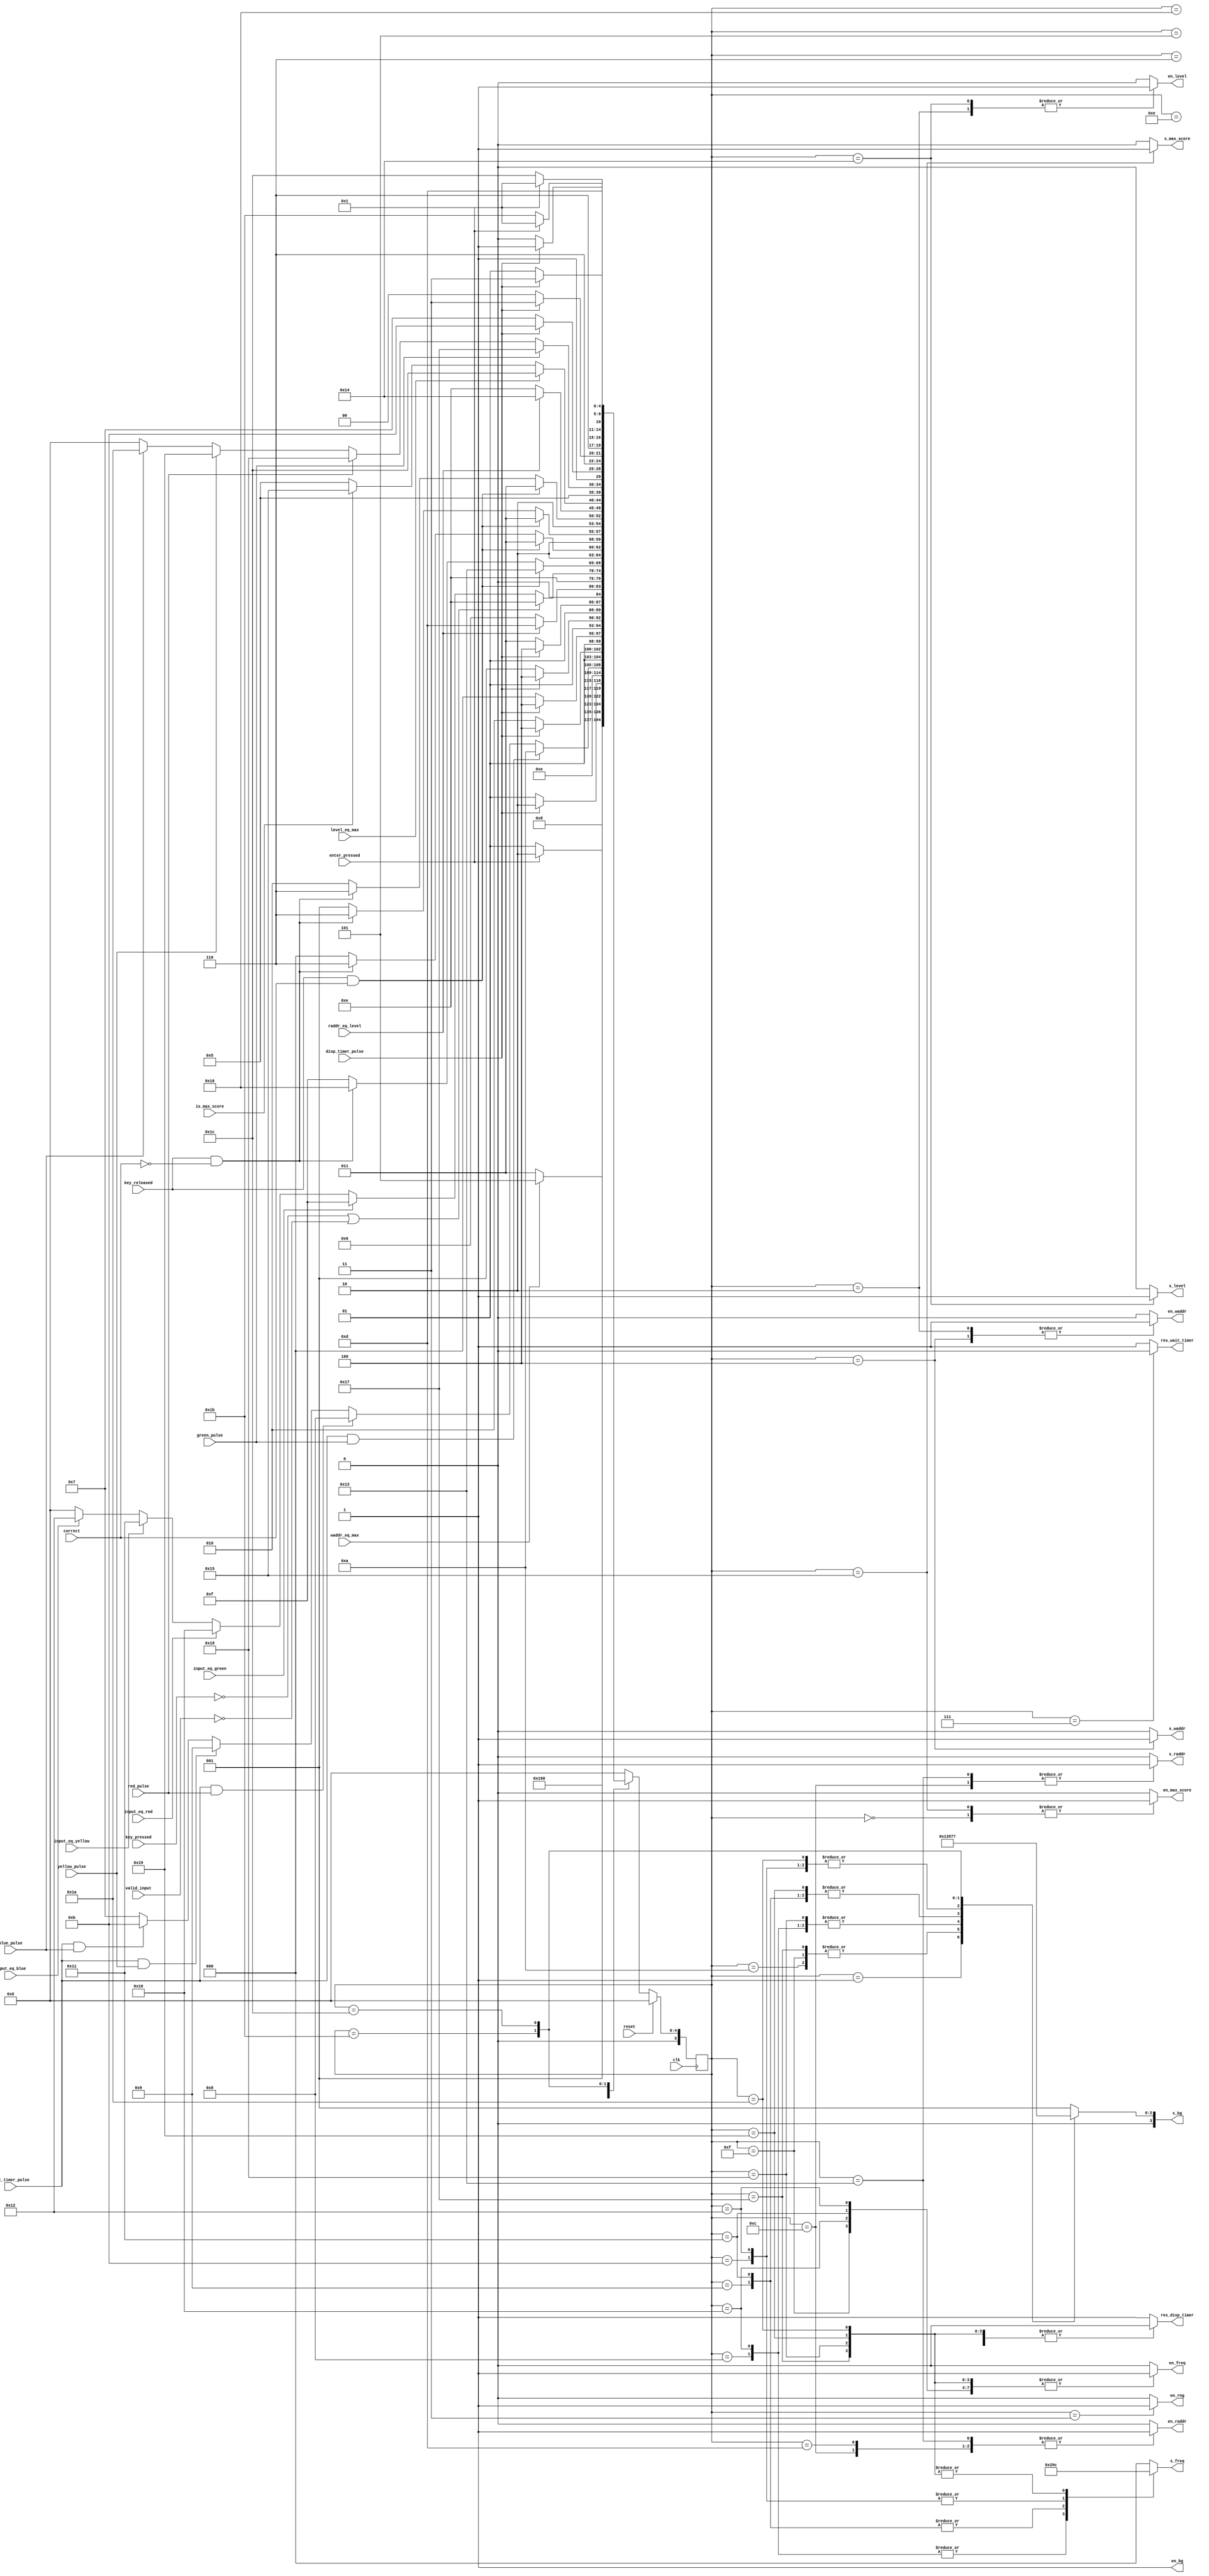
module controller (
	input clk,
	input reset,

	// from datapath
	input enter_pressed,
	input key_pressed,
	input key_released,
	input valid_input,
	
	input red_pulse,
	input green_pulse,
	input yellow_pulse,
	input blue_pulse,
	
	input input_eq_green,
	input input_eq_red,
	input input_eq_yellow,
	input input_eq_blue,
	
	input raddr_eq_level,
	input waddr_eq_max,
	input level_eq_max,
	
	input wait_timer_pulse,
	input disp_timer_pulse,
	
	input correct,
	
	input is_max_score,

	
	// to datapath
	output reg s_raddr,
	output reg en_raddr,
	output reg s_waddr,
	output reg en_waddr,
	output reg s_level,
	output reg en_level,
	output reg s_max_score,
	output reg en_max_score,
	output reg [3:0] s_bg, 
	output reg en_bg,
	output reg en_rng,
	output reg en_freq,
	output reg [2:0] s_freq,
	output reg res_wait_timer,
	output reg res_disp_timer
	);
	
	parameter INIT_SYSTEM		= 6'd0;
	parameter WAIT_SCREEN 		= 6'd1;
	parameter INIT_SEQ_GEN		= 6'd2;
	parameter GET_RAND_NUM 		= 6'd3;
	parameter INCR_WADDR			= 6'd4;
	parameter INIT_DISP			= 6'd5;
	parameter READ_MEM			= 6'd6;
	parameter WAIT_FOR_PULSE	= 6'd7;
	parameter RED_FLASH			= 6'd8;
	parameter YELLOW_FLASH		= 6'd9;
	parameter GREEN_FLASH		= 6'd10;
	parameter BLUE_FLASH			= 6'd11;
	parameter INCR_RADDR_1		= 6'd12;
	parameter RES_RADDR			= 6'd13;
	parameter WAIT_FOR_INPUT	= 6'd14;
	parameter USER_GREEN_FLASH = 6'd15;
	parameter USER_RED_FLASH	= 6'd16;
	parameter USER_YELLOW_FLASH = 6'd17;
	parameter USER_BLUE_FLASH	= 6'd18;
	parameter INCR_RADDR_2		= 6'd19;
	parameter INCR_LEVEL			= 6'd20;
	parameter SET_MAX_SCORE		= 6'd21;
	parameter FAIL_REVEAL		= 6'd22;
	parameter FAIL_GREEN			= 6'd23;
	parameter FAIL_RED 			= 6'd24;
	parameter FAIL_YELLOW		= 6'd25;
	parameter FAIL_BLUE			= 6'd26;
	parameter FAIL_SCREEN		= 6'd27;
	parameter WIN_SCREEN			= 6'd28;


	reg [5:0] state, next_state;
	
	always @(posedge clk) begin
		if (reset)
			state <= INIT_SYSTEM;
		else
			state <= next_state;
	end
	
	
	always @(*) begin
		// initialize FSM outputs to default values
		en_waddr = 0;
		s_waddr	 = 0;
				
		en_raddr = 0;
		s_raddr	 = 0;

		en_level = 0;
		s_level  = 0;
		
		en_max_score = 0;
		s_max_score = 0;
		
		en_bg = 1;
		s_bg  = 4'd1;

		en_rng = 0;

		en_freq = 0;
		s_freq = 3'd0;
		
		res_wait_timer = 1;
		res_disp_timer = 1;
		
		
		next_state = INIT_SYSTEM;
		
		case (state)
			
			INIT_SYSTEM: begin			
				// init max score
				en_max_score = 1;
				s_max_score = 0;
				
				next_state = WAIT_SCREEN;
			end
			
			WAIT_SCREEN: begin
				// bg <= 0
				en_bg = 1;
				s_bg  = 4'd0;
				
				if (enter_pressed)
					next_state = INIT_SEQ_GEN;
				else
					next_state = WAIT_SCREEN;
			end
			
			INIT_SEQ_GEN: begin
				// level <= 0
				en_level = 1;
				s_level  = 0;
				
				// waddr <= 0
				en_waddr = 1;
				s_waddr  = 0;
				
				next_state = GET_RAND_NUM;
			end	
			
			GET_RAND_NUM:	begin
				// store rng in memory
				en_rng = 1;
				next_state = INCR_WADDR;
			end
			
			INCR_WADDR: begin
				// waddr <= waddr + 1
				en_waddr= 1;
				s_waddr = 1;
				
				if (waddr_eq_max)
					next_state = INIT_DISP;
				else
					next_state = GET_RAND_NUM;
			end
			
			INIT_DISP: begin
				// raddr <= 0
				en_raddr = 1;
				s_raddr	= 0;
				
				res_disp_timer = 0;
				
				if (disp_timer_pulse)
					next_state = READ_MEM;
				else
					next_state = INIT_DISP;
			end

			READ_MEM: begin
				// synchronous memory
				next_state = WAIT_FOR_PULSE;
			end

			WAIT_FOR_PULSE: begin
				// enable wait timer
				res_wait_timer = 0;
				
				if (wait_timer_pulse && green_pulse)
					next_state = GREEN_FLASH;
				else if (wait_timer_pulse && red_pulse)
					next_state = RED_FLASH;
				else if (wait_timer_pulse && yellow_pulse)
					next_state = YELLOW_FLASH;
				else if (wait_timer_pulse && blue_pulse)
					next_state = BLUE_FLASH;
				else
					next_state = WAIT_FOR_PULSE;
			end

			
			GREEN_FLASH: begin
				// enable disp timer
				res_disp_timer = 0;
				
				en_freq = 1;
				s_freq = 3'd0;
				
				en_bg = 1;
				s_bg  = 4'd2;

				if (disp_timer_pulse)
					next_state = INCR_RADDR_1;
				else
					next_state = GREEN_FLASH;
			end
			
			RED_FLASH: begin
				// enable disp timer
				
				res_disp_timer = 0;
				
				en_freq = 1;
				s_freq = 3'd1;
				
				en_bg = 1;
				s_bg  = 4'd3;

				if (disp_timer_pulse)
					next_state = INCR_RADDR_1;
				else
					next_state = RED_FLASH;
			end

			YELLOW_FLASH: begin
				// enable disp timer
				res_disp_timer = 0;
				
				en_freq = 1;
				s_freq = 3'd2;
				
				en_bg = 1;
				s_bg  = 4'd4;

				if (disp_timer_pulse)
					next_state = INCR_RADDR_1;
				else
					next_state = YELLOW_FLASH;
			end


			BLUE_FLASH: begin
				// enable disp timer
				res_disp_timer = 0;
				
				en_freq = 1;
				s_freq = 3'd3;
				
				en_bg = 1;
				s_bg  = 4'd5;

				if (disp_timer_pulse)
					next_state = INCR_RADDR_1;
				else
					next_state = BLUE_FLASH;
			end

			INCR_RADDR_1: begin
				// raddr <= raddr + 1
				en_raddr = 1;
				s_raddr  = 1;

				if (raddr_eq_level)
					next_state = RES_RADDR;
				else
					next_state = READ_MEM;
			end
			
			RES_RADDR: begin	
				// raddr <= 0
				en_raddr = 1;
				s_raddr	= 0;
				
				next_state = WAIT_FOR_INPUT;
			end
			
			WAIT_FOR_INPUT: begin
				// redirect input to corresponding state
				
				if (~key_pressed | ~valid_input)
					next_state = WAIT_FOR_INPUT;
				else if (input_eq_green)
					next_state = USER_GREEN_FLASH;
				else if (input_eq_red)
					next_state = USER_RED_FLASH;
				else if (input_eq_yellow)
					next_state = USER_YELLOW_FLASH;
				else if (input_eq_blue)
					next_state = USER_BLUE_FLASH;
			end
			
			USER_GREEN_FLASH: begin
				en_bg = 1;
				s_bg  = 4'd2;
				
				en_freq = 1;
				s_freq = 3'd0;
				
				if (key_released && correct)
					next_state = INCR_RADDR_2;
				else if (key_released && ~correct)
					next_state = FAIL_REVEAL;
				else
					next_state = USER_GREEN_FLASH;
			end
			
			USER_RED_FLASH: begin
				en_bg = 1;
				s_bg  = 4'd3;
				
				en_freq = 1;
				s_freq = 3'd1;
				
				if (key_released && correct)
					next_state = INCR_RADDR_2;
				else if (key_released && ~correct)
					next_state = FAIL_REVEAL;
				else
					next_state = USER_RED_FLASH;
			end
			
			USER_YELLOW_FLASH: begin
				en_bg = 1;
				s_bg  = 4'd4;
				
				en_freq = 1;
				s_freq = 3'd2;
				
				if (key_released && correct)
					next_state = INCR_RADDR_2;
				else if (key_released && ~correct)
					next_state = FAIL_REVEAL;
				else
					next_state = USER_YELLOW_FLASH;
			end
			
			USER_BLUE_FLASH: begin
				en_bg = 1;
				s_bg  = 4'd5;
				
				en_freq = 1;
				s_freq = 3'd3;
				
				if (key_released && correct)
					next_state = INCR_RADDR_2;
				else if (key_released && ~correct)
					next_state = FAIL_REVEAL;
				else
					next_state = USER_BLUE_FLASH;
			end
			
			INCR_RADDR_2: begin	
				// raddr <= raddr + 1;
				en_raddr = 1;
				s_raddr  = 1;
				
				if (raddr_eq_level)
					next_state = INCR_LEVEL;
				else
					next_state = WAIT_FOR_INPUT;
			end
			
			INCR_LEVEL: begin
				// level <= level + 1;
				en_level = 1;
				s_level  = 1;
				
				if (level_eq_max)
					next_state = WIN_SCREEN;
				else if (is_max_score)
					next_state = SET_MAX_SCORE;
				else
					next_state = INIT_DISP;
			end
			
			SET_MAX_SCORE: begin
				// update max score
				en_max_score = 1;
				s_max_score = 1;
				
				next_state = INIT_DISP;
			end
			
			FAIL_REVEAL: begin
				if (green_pulse)
					next_state = FAIL_GREEN;
				else if (red_pulse)
					next_state = FAIL_RED;
				else if (yellow_pulse)
					next_state = FAIL_YELLOW;
				else if (blue_pulse)
					next_state=  FAIL_BLUE;
			end
			
			FAIL_GREEN: begin
				en_bg = 1;
				s_bg = 4'd2;
				
				en_freq = 1;
				s_freq = 3'd4;
				
				res_disp_timer = 0;
				
				if (disp_timer_pulse)
					next_state = FAIL_SCREEN;
				else
					next_state = FAIL_GREEN;
			end	
			
			FAIL_RED: begin
				en_bg = 1;
				s_bg = 4'd3;
				
				en_freq = 1;
				s_freq = 3'd4;
				
				res_disp_timer = 0;
				
				if (disp_timer_pulse)
					next_state = FAIL_SCREEN;
				else
					next_state = FAIL_RED;
			end			
			
			FAIL_YELLOW: begin
				en_bg = 1;
				s_bg = 4'd4;
				
				en_freq = 1;
				s_freq = 3'd4;
				
				res_disp_timer = 0;
				
				if (disp_timer_pulse)
					next_state = FAIL_SCREEN;
				else
					next_state = FAIL_YELLOW;
			end	
			
			FAIL_BLUE: begin
				en_bg = 1;
				s_bg = 4'd5;
				
				en_freq = 1;
				s_freq = 3'd4;
				
				res_disp_timer = 0;
				
				if (disp_timer_pulse)
					next_state = FAIL_SCREEN;
				else
					next_state = FAIL_BLUE;
			end
						
			FAIL_SCREEN: begin	
				en_bg = 1;
				s_bg  = 4'd6;
				
				if (enter_pressed)
					next_state = WAIT_SCREEN;
				else
					next_state = FAIL_SCREEN;
			end
			
			WIN_SCREEN: begin
				en_bg = 1;
				s_bg  = 4'd7;
				
				if (enter_pressed)
					next_state = WAIT_SCREEN;
				else
					next_state = WIN_SCREEN;
			end
			
			default: begin
				next_state = INIT_SYSTEM;
			end
		
		endcase
	
	end

endmodule